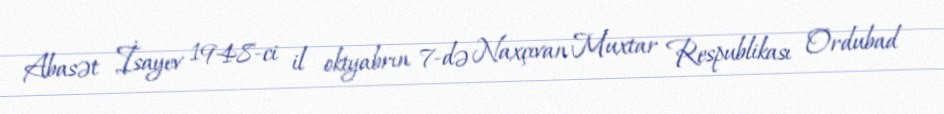
Abasət İsayev 1948-ci il oktyabrın 7-də Naxçıvan Muxtar Respublikası Ordubad